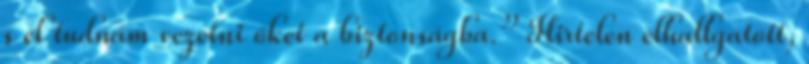
s el tudnám vezetni őket a biztonságba.” Hirtelen elhallgatott,